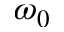
\omega _ { 0 }